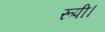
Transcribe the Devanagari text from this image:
रूपी।